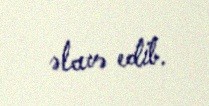
əlavə edib.